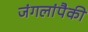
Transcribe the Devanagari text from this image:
जंगलांपैकी